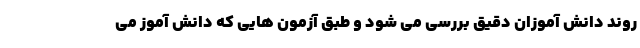
روند دانش آموزان دقیق بررسی می شود و طبق آزمون هایی که دانش آموز می